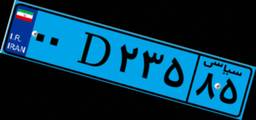
۰۰D۲۳۵۸۵